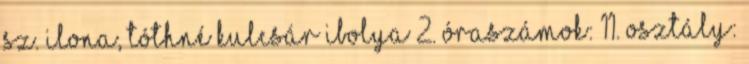
Sz. Ilona, Tóthné Kulcsár Ibolya 2. Óraszámok: 11. osztály: